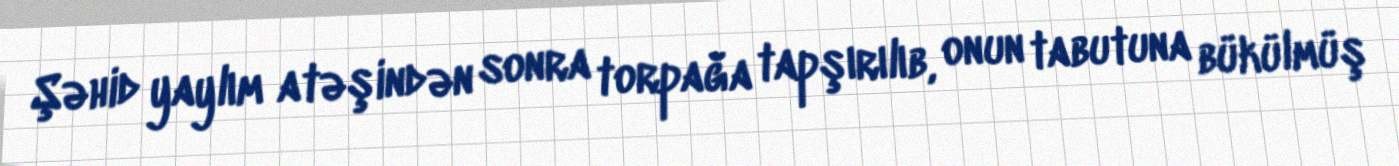
Şəhid yaylım atəşindən sonra torpağa tapşırılıb, onun tabutuna bükülmüş